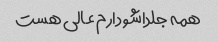
همه جلداشو دارم عالی هست